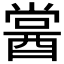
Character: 𨡔